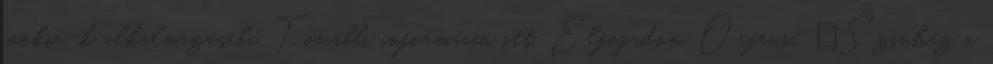
cookie-k alkalmazásába. További információ itt. Elfogadom Orfeus: ˝Színház a